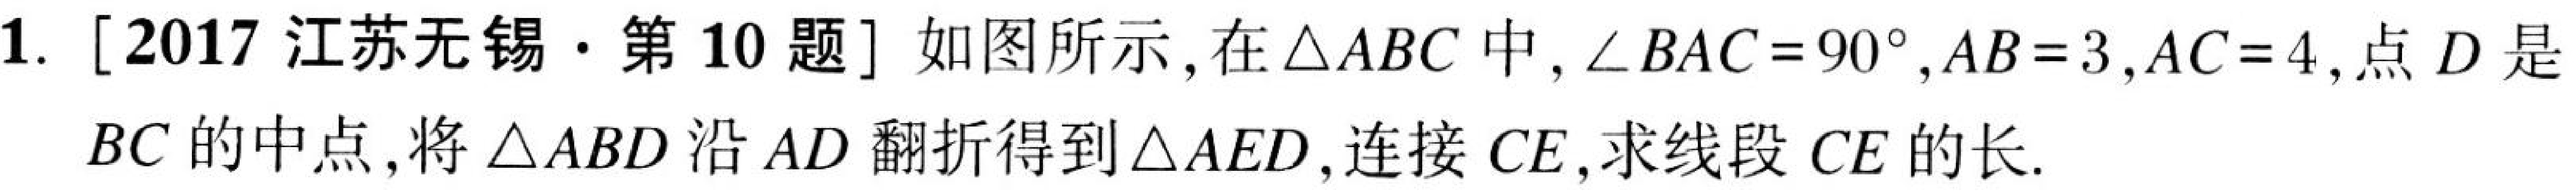
1. [2017 江苏无锡·第 10 题] 如图所示，在 \(\triangle ABC\) 中，\(\angle BAC = 90^{\circ}\)，\(AB = 3\)，\(AC = 4\)，点 \(D\) 是
\(BC\) 的中点，将 \(\triangle ABD\) 沿 \(AD\) 翻折得到 \(\triangle AED\)，连接 \(CE\)，求线段 \(CE\) 的长.